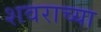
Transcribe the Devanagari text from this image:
शवराच्या